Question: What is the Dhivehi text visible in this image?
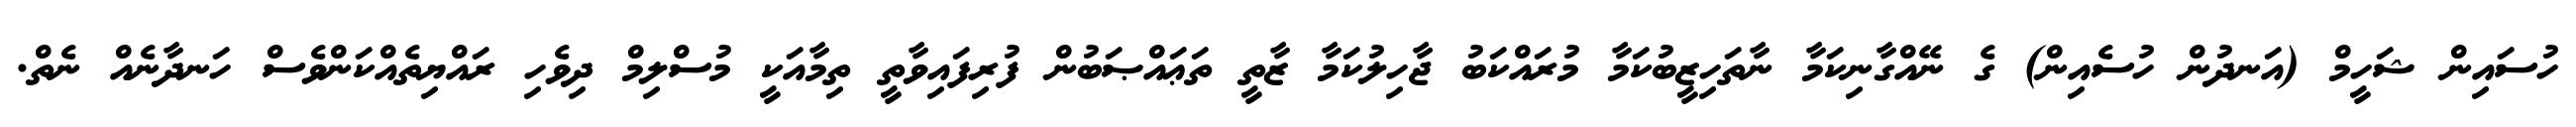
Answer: ހުސައިން ޝަހީމް (އަނދުން ހުސެއިން) ގެ ނޭއްގާނިކަމާ ނާތަހިޒީބުކަމާ މުރައްކަބު ޖާހިލުކަމާ ޒާތީ ތަޢައްޞަބުން ފުރިފައިވާތީ ތިމާއަކީ މުސްލިމް ދިވެހި ރައްޔިތެއްކަންވެސް ހަނދާނެއް ނެތް.